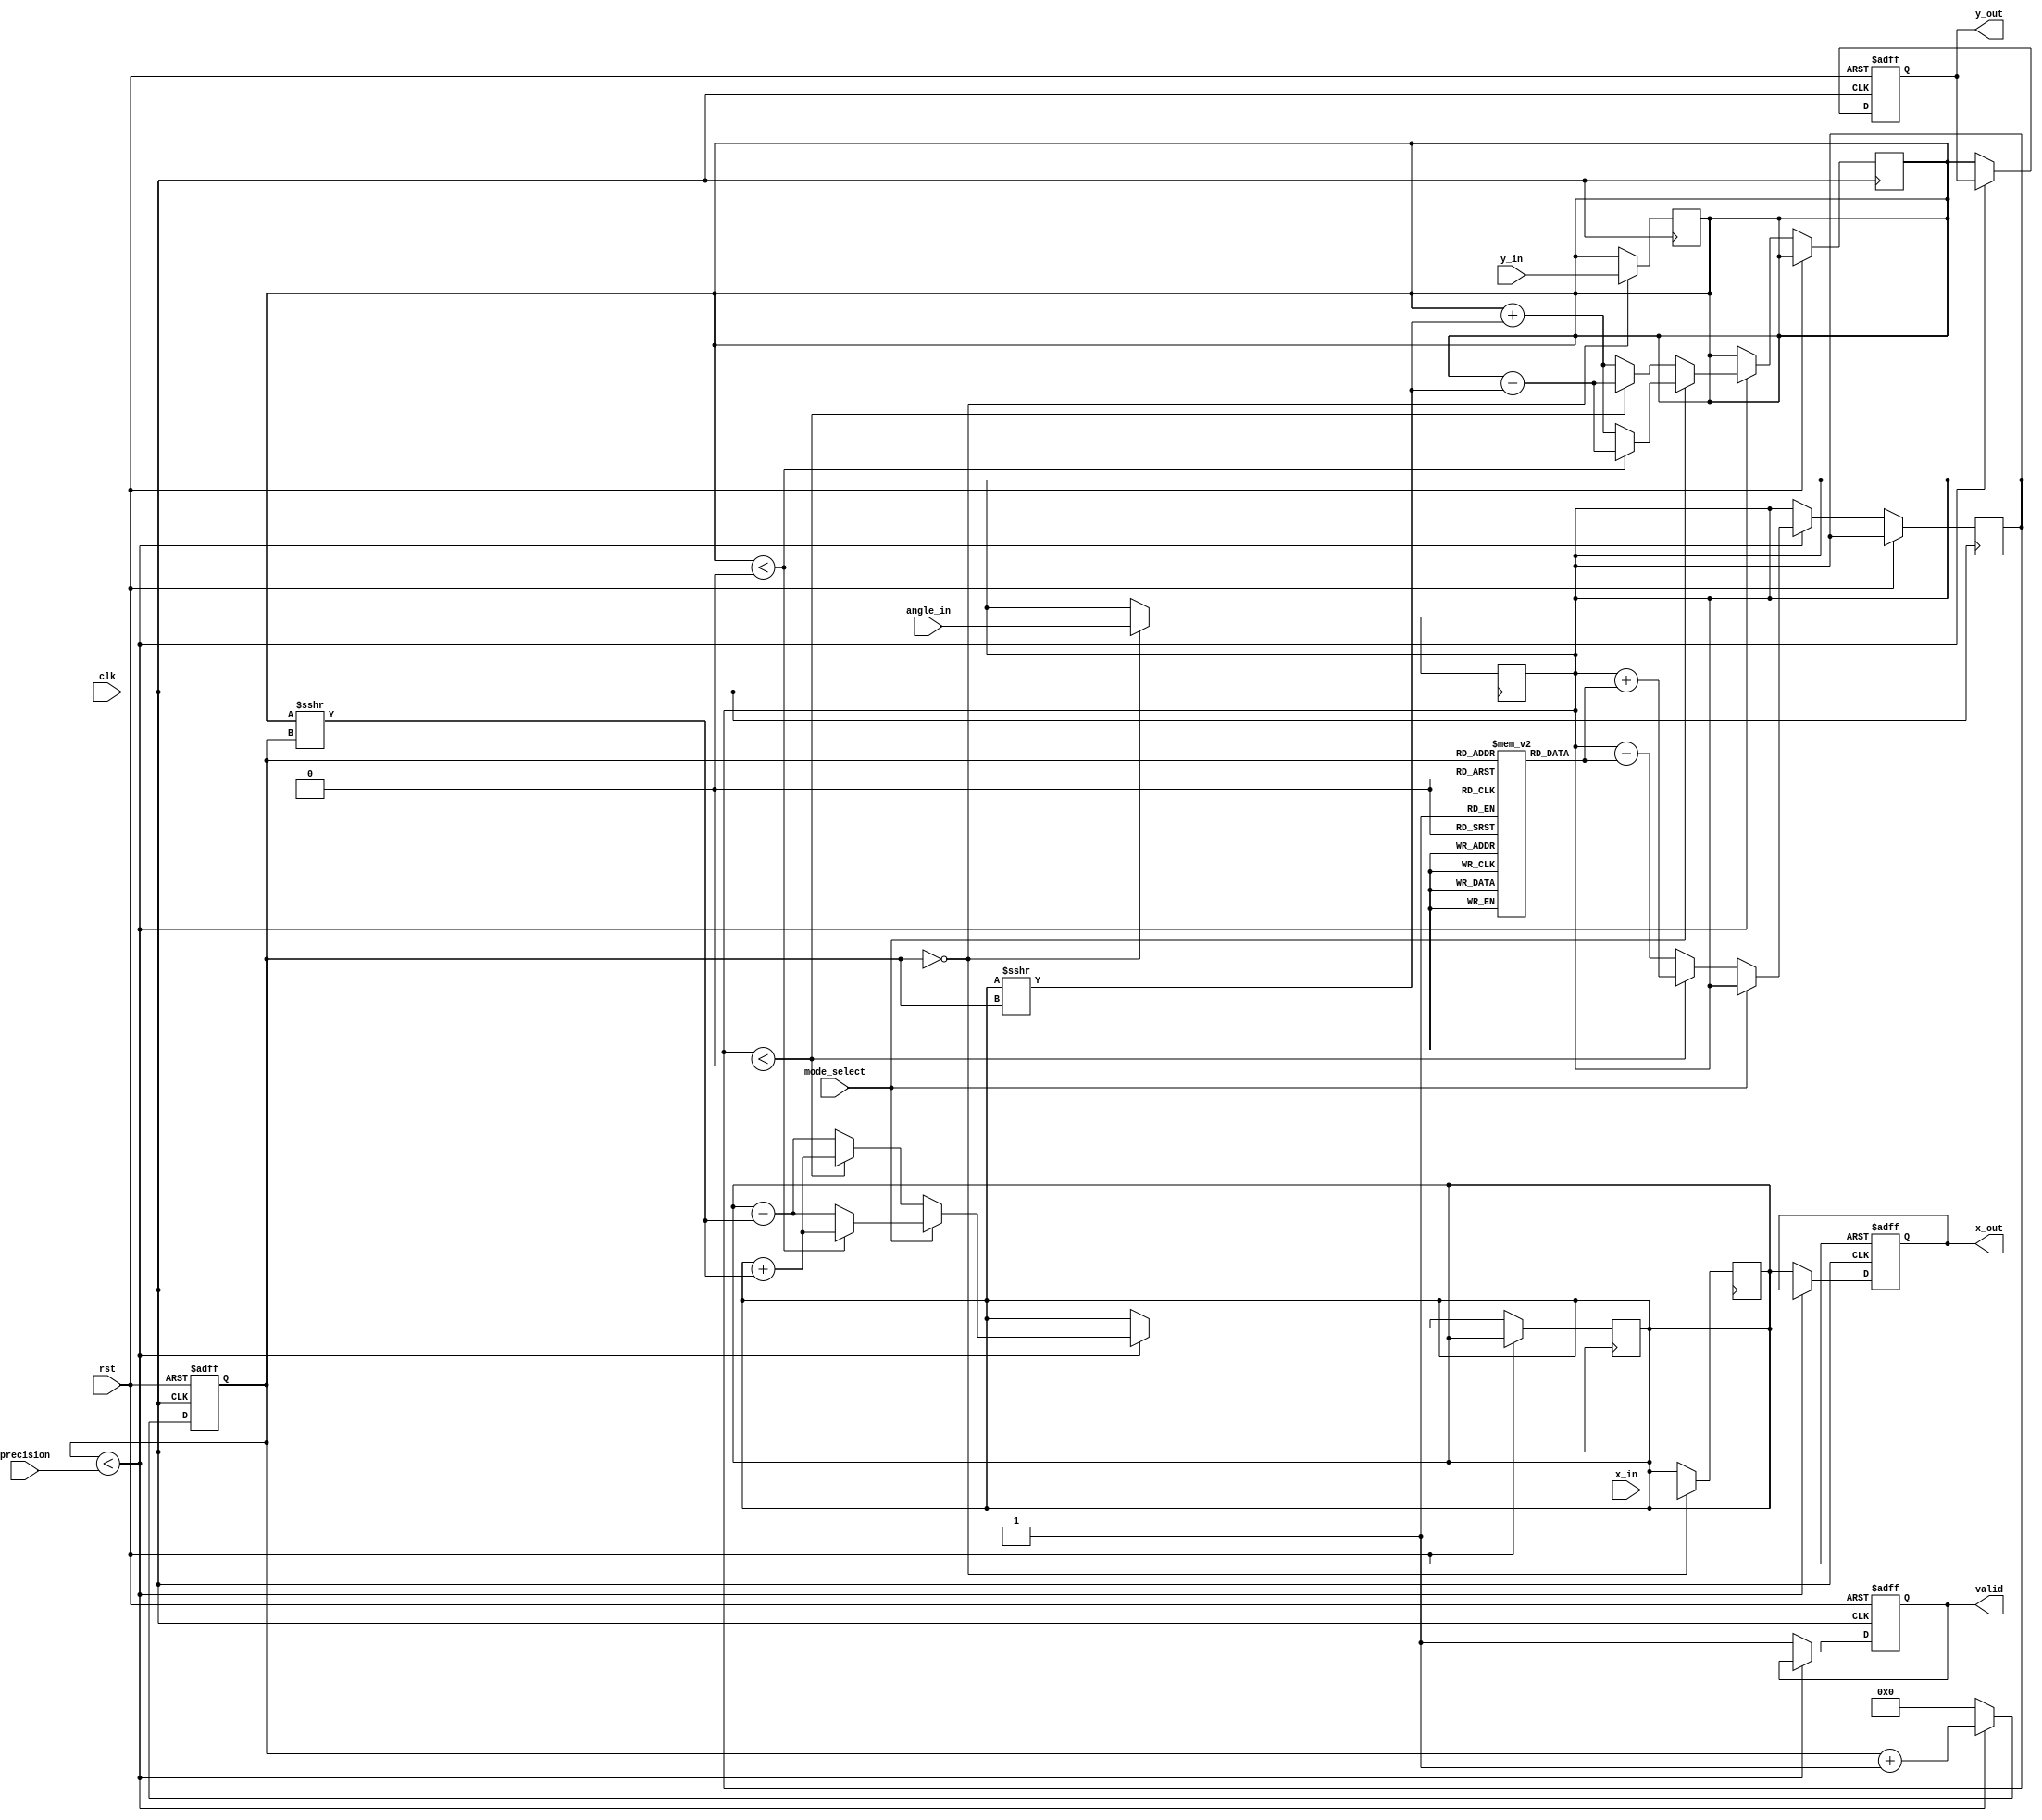
module adaptive_cordic (
    input wire clk,
    input wire rst,
    input wire [15:0] x_in,       // Input X coordinate
    input wire [15:0] y_in,       // Input Y coordinate
    input wire [15:0] angle_in,   // Input angle for rotation
    input wire mode_select,        // Mode selector (0: rotation, 1: vectoring)
    input wire [3:0] precision,    // Precision setting (number of iterations)
    output reg [15:0] x_out,      // Output X coordinate
    output reg [15:0] y_out,      // Output Y coordinate
    output reg valid               // Output valid signal
);

    // CORDIC constants (rotation angles)
    reg [15:0] atan_lut [0:15]; // Lookup table for arctangent values
    initial begin
        atan_lut[0] = 16'h0000; // atan(0)
        atan_lut[1] = 16'h3C90; // atan(1/2^0)
        atan_lut[2] = 16'h3C30; // atan(1/2^1)
        atan_lut[3] = 16'h3B80; // atan(1/2^2)
        atan_lut[4] = 16'h3B00; // atan(1/2^3)
        atan_lut[5] = 16'h3A40; // atan(1/2^4)
        atan_lut[6] = 16'h39A0; // atan(1/2^5)
        atan_lut[7] = 16'h3900; // atan(1/2^6)
        atan_lut[8] = 16'h3860; // atan(1/2^7)
        atan_lut[9] = 16'h37C0; // atan(1/2^8)
        atan_lut[10] = 16'h3730; // atan(1/2^9)
        atan_lut[11] = 16'h36A0; // atan(1/2^10)
        atan_lut[12] = 16'h3620; // atan(1/2^11)
        atan_lut[13] = 16'h35B0; // atan(1/2^12)
        atan_lut[14] = 16'h3540; // atan(1/2^13)
        atan_lut[15] = 16'h34D0; // atan(1/2^14)
    end

    reg [15:0] x_reg, y_reg, angle_reg;
    reg [3:0] iteration_count;
    reg [3:0] i;

    always @(posedge clk or posedge rst) begin
        if (rst) begin
            x_out <= 16'h0000;
            y_out <= 16'h0000;
            valid <= 1'b0;
            iteration_count <= 0;
        end else begin
            if (iteration_count < precision) begin
                // Perform CORDIC iteration
                if (mode_select == 1'b0) begin // Rotation mode
                    // Rotation logic
                    if (angle_reg < 0) begin
                        x_reg <= x_reg + (y_reg >>> iteration_count);
                        y_reg <= y_reg - (x_reg >>> iteration_count);
                        angle_reg <= angle_reg + atan_lut[iteration_count];
                    end else begin
                        x_reg <= x_reg - (y_reg >>> iteration_count);
                        y_reg <= y_reg + (x_reg >>> iteration_count);
                        angle_reg <= angle_reg - atan_lut[iteration_count];
                    end
                end else begin // Vectoring mode
                    // Vectoring logic
                    if (y_reg < 0) begin
                        x_reg <= x_reg + (y_reg >>> iteration_count);
                        y_reg <= y_reg - (x_reg >>> iteration_count);
                    end else begin
                        x_reg <= x_reg - (y_reg >>> iteration_count);
                        y_reg <= y_reg + (x_reg >>> iteration_count);
                    end
                end
                iteration_count <= iteration_count + 1;
            end else begin
                // Output results
                x_out <= x_reg;
                y_out <= y_reg;
                valid <= 1'b1;
                iteration_count <= 0; // Reset for next operation
            end
        end
    end

    // Initial setup
    always @(posedge clk) begin
        if (iteration_count == 0) begin
            x_reg <= x_in;
            y_reg <= y_in;
            angle_reg <= angle_in;
        end
    end

endmodule